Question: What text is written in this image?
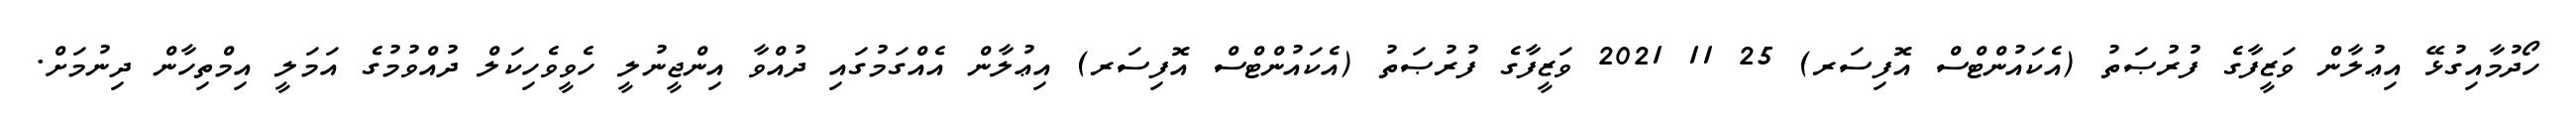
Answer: ހޯދުމާއިގުޅޭ އިޢުލާން ވަޒީފާގެ ފުރުޞަތު (އެކައުންޓްސް އޮފިސަރ) 25 11 2021 ވަޒީފާގެ ފުރުޞަތު (އެކައުންޓްސް އޮފިސަރ) އިޢުލާން އެއްގަމުގައި ދުއްވާ އިންޖީނުލީ ހެވީވެހިކަލް ދުއްވުމުގެ އަމަލީ އިމްތިހާން ދިނުމަށް.